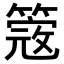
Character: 𥲃